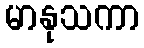
မာနုသကာ